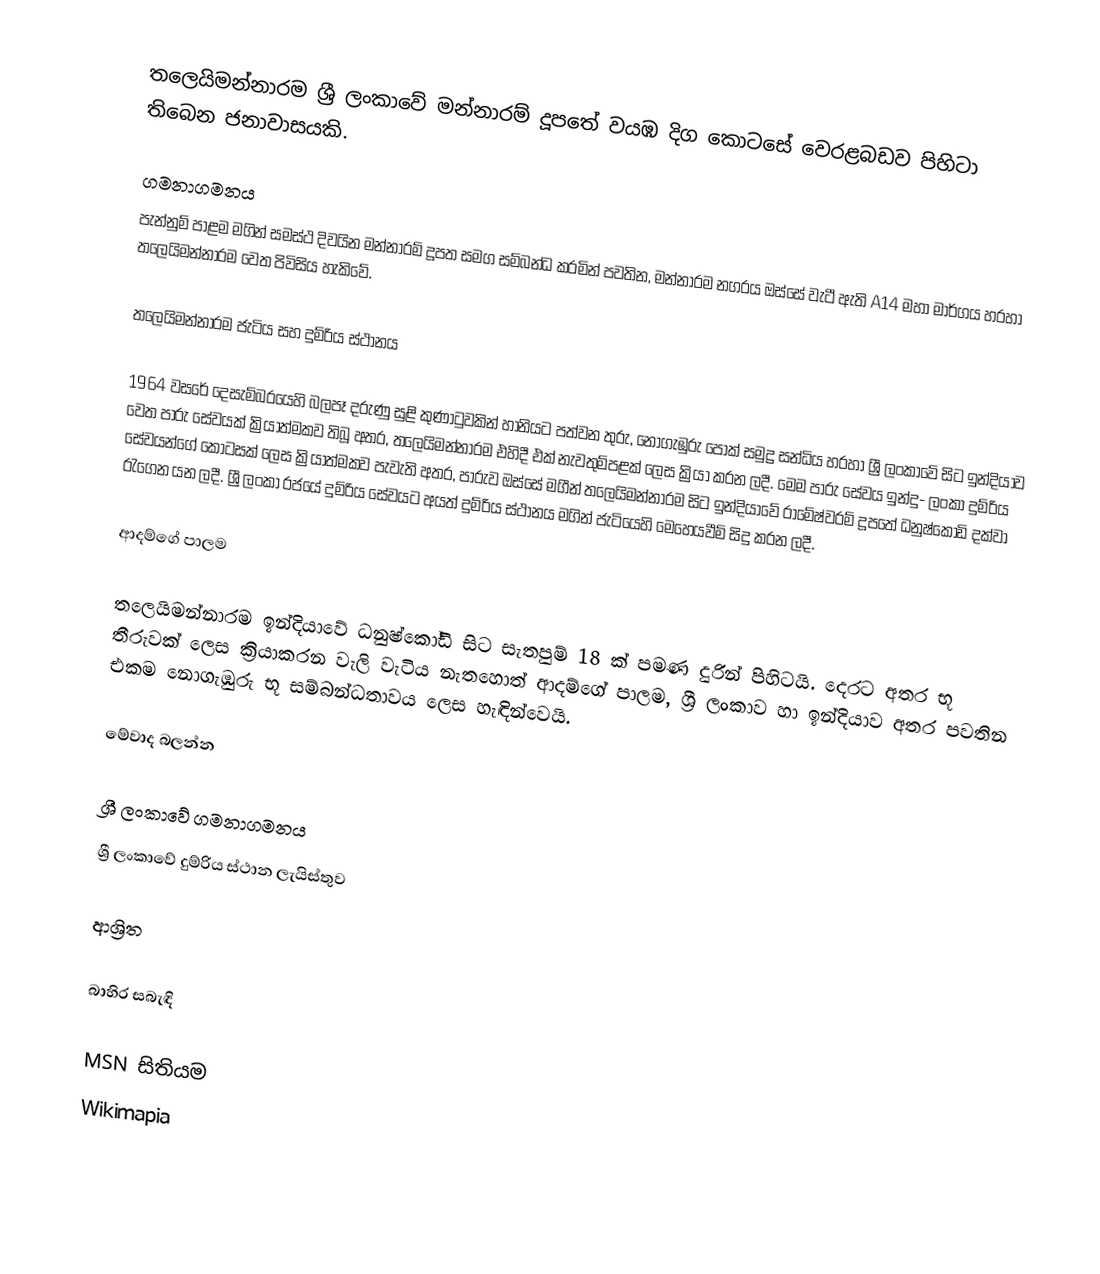
තලෙයිමන්නාරම ශ්‍රී ලංකාවේ මන්නාරම් දූපතේ වයඹ දිග කොටසේ වෙරළබඩව පිහිටා තිබෙන ජනාවාසයකි.

ගමනාගමනය
පැන්නුම් පාළම මගින් සමස්ථ දිවයින මන්නාරම් දූපත සමග සම්බන්ධ කරමින් පවතින, මන්නාරම නගරය ඔස්සේ වැටී ඇති A14 මහා මාර්ගය හරහා තලෙයිමන්නාරම වෙත පිවිසිය හැකිවේ.

තලෙයිමන්නාරම ජැටිය සහ දුම්රිය ස්ථානය

1964 වසරේ දෙසැම්බරයෙහි බලපෑ දරුණු සුළි කුණාටුවකින් හානියට පත්වන තුරු, නොගැඹුරු පෝක් සමුද්‍ර සන්ධිය හරහා ශ්‍රී ලංකාවේ සිට ඉන්දියාව වෙත පාරු සේවයක් ක්‍රියාත්මකව තිබූ අතර, තලෙයිමන්නාරම එහිදී එක් නැවතුම්පළක් ලෙස ක්‍රියා කරන ලදී. මෙම පාරු සේවය ඉන්දු- ලංකා දුම්රිය සේවයන්ගේ කොටසක් ලෙස ක්‍රියාත්මකව පැවැති අතර, පාරුව ඔස්සේ මගීන් තලෙයිමන්නාරම සිට ඉන්දියාවේ රාමේෂ්වරම් දූපතේ ධනුෂ්කෝඩි දක්වා රැගෙන යන ලදී. ශ්‍රී ලංකා රජයේ දුම්රිය සේවයට අයත් දුම්රිය ස්ථානය මගින් ජැටියෙහි මෙහෙයවීම් සිදු කරන ලදී.

ආදම්ගේ පාලම

තලෙයිමන්නාරම ඉන්දියාවේ ධනුෂ්කෝඩි සිට සැතපුම් 18 ක් පමණ දුරින් පිහිටයි. දෙරට අතර භූ තීරුවක් ලෙස ක්‍රියාකරන වැලි වැටිය නැතහොත් ආදම්ගේ පාලම, ශ්‍රී ලංකාව හා ඉන්දියාව අතර පවතින එකම නොගැඹුරු භූ සම්බන්ධතාවය ලෙස හැඳින්වෙයි.

මේවාද බලන්න

 ශ්‍රී ලංකාවේ ගමනාගමනය
 ශ්‍රී ලංකාවේ දුම්රිය ස්ථාන ලැයිස්තුව

ආශ්‍රිත

බාහිර සබැඳි

 MSN සිතියම
 Wikimapia